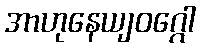
အာဟုနေယျဝဂ္ဂေါ